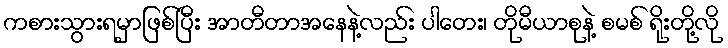
ကစားသွားရမှာဖြစ်ပြီး အာတီတာအနေနဲ့လည်း ပါတေး၊ တိုမီယာစုနဲ့ စမစ် ရိုးတို့လို